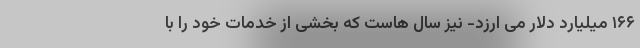
۱۶۶ میلیارد دلار می ارزد- نیز سال هاست که بخشی از خدمات خود را با